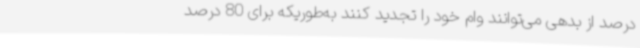
درصد از بدهی می‌توانند وام خود را تجدید کنند به‌طوریکه برای 80 درصد